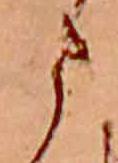
ま